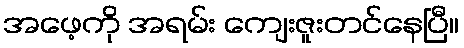
အဖေ့ကို အရမ်း ကျေးဇူးတင်နေပြီ။